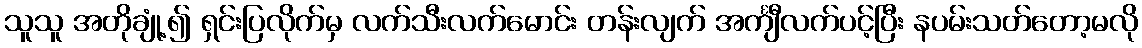
သူသူ အတိုချုံ့၍ ရှင်းပြလိုက်မှ လက်သီးလက်မောင်း တန်းလျက် အင်္ကျီလက်ပင့်ပြီး နပမ်းသတ်တော့မလို